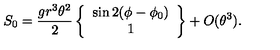
S _ { 0 } = \frac { g r ^ { 3 } \theta ^ { 2 } } { 2 } \left\{ \begin{array} { c } { \sin 2 ( \phi - \phi _ { 0 } ) } \\ { 1 } \\ \end{array} \right\} + O ( \theta ^ { 3 } ) .